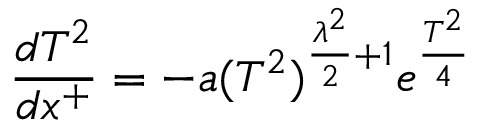
\frac { d T ^ { 2 } } { d x ^ { + } } = - a ( T ^ { 2 } ) ^ { \frac { \lambda ^ { 2 } } { 2 } + 1 } e ^ { \frac { T ^ { 2 } } { 4 } }